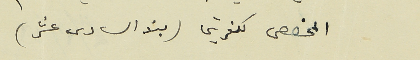
- المخصص لكفرشيما (بند السادس عشر)